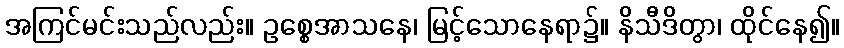
အကြင်မင်းသည်လည်း။ ဥစ္စေအာသနေ၊ မြင့်သောနေရာ၌။ နိသီဒိတွာ၊ ထိုင်နေ၍။